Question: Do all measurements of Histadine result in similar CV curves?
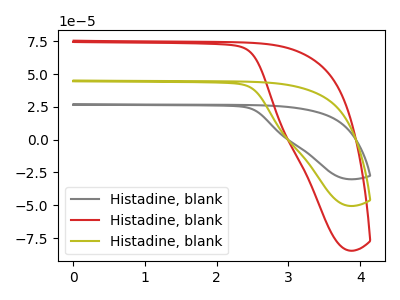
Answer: <think>The gray curve "Histadine, blank1" has no peaks. The red curve "Histadine, blank2" has no peaks. The olive curve "Histadine, blank3" has no peaks.
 Neither "Histadine, blank1" or "Histadine, blank2" have any peaks. Neither "Histadine, blank1" or "Histadine, blank3" have any peaks. Neither "Histadine, blank2" or "Histadine, blank3" have any peaks.</think>
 <answer>All the CV's of "Histadine" have similar shape.</answer>
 <eval>follow_rule</eval>